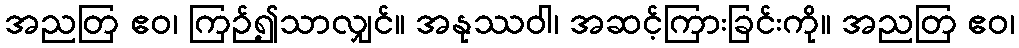
အညတြ ဧဝ၊ ကြဉ်၍သာလျှင်။ အနုဿဝါ၊ အဆင့်ကြားခြင်းကို။ အညတြ ဧဝ၊